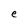
Character: e